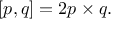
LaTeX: [ p , q ] = 2 p \times q .